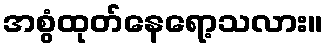
အစွံထုတ်နေရော့သလား။